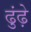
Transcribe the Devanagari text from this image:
ढुंढ़े